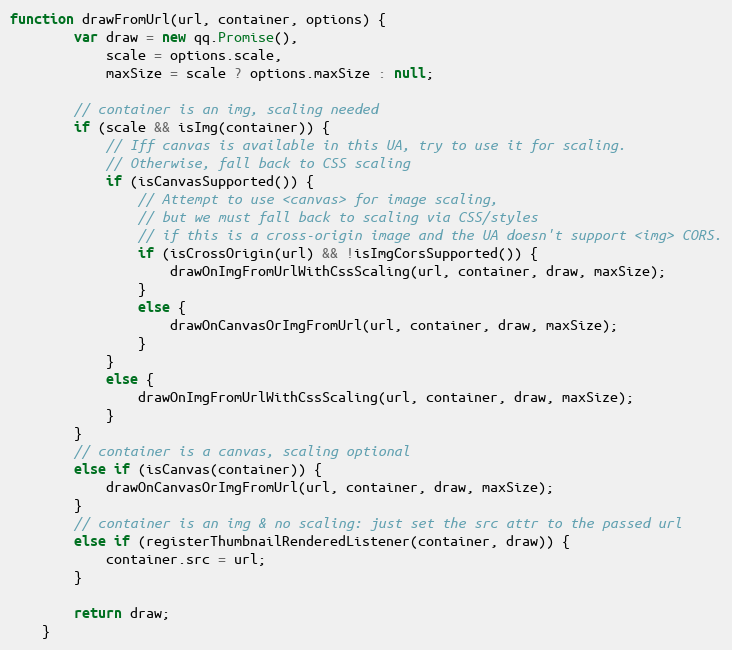
Language: JavaScript
function drawFromUrl(url, container, options) {
        var draw = new qq.Promise(),
            scale = options.scale,
            maxSize = scale ? options.maxSize : null;

        // container is an img, scaling needed
        if (scale && isImg(container)) {
            // Iff canvas is available in this UA, try to use it for scaling.
            // Otherwise, fall back to CSS scaling
            if (isCanvasSupported()) {
                // Attempt to use <canvas> for image scaling,
                // but we must fall back to scaling via CSS/styles
                // if this is a cross-origin image and the UA doesn't support  CORS.
                if (isCrossOrigin(url) && !isImgCorsSupported()) {
                    drawOnImgFromUrlWithCssScaling(url, container, draw, maxSize);
                }
                else {
                    drawOnCanvasOrImgFromUrl(url, container, draw, maxSize);
                }
            }
            else {
                drawOnImgFromUrlWithCssScaling(url, container, draw, maxSize);
            }
        }
        // container is a canvas, scaling optional
        else if (isCanvas(container)) {
            drawOnCanvasOrImgFromUrl(url, container, draw, maxSize);
        }
        // container is an img & no scaling: just set the src attr to the passed url
        else if (registerThumbnailRenderedListener(container, draw)) {
            container.src = url;
        }

        return draw;
    }